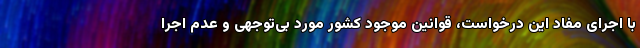
با اجرای مفاد این درخواست، قوانین موجود کشور مورد بی‌توجهی و عدم اجرا